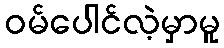
ဝမ်ပေါင်လဲ့မှာမူ